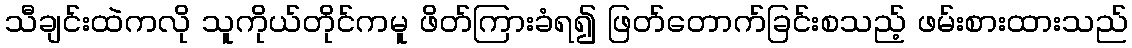
သီချင်းထဲကလို သူကိုယ်တိုင်ကမူ ဖိတ်ကြားခံရ၍ ဖြတ်တောက်ခြင်းစသည့် ဖမ်းစားထားသည်